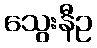
သွေးနီဥ